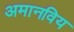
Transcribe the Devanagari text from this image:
अमानविय